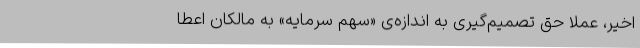
اخیر، عملاً حق تصمیم‌گیری به اندازه‌ی «سهم سرمایه» به مالکان اعطا